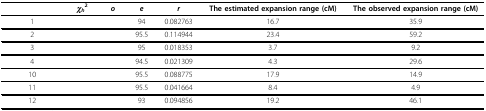
<table><thead><tr><td>[EMPTY_CELL]</td><td><b><i>χ</i><sub><i>h</i></sub><sup>2</sup></b></td><td><b><i>o</i></b></td><td><b><i>e</i></b></td><td><b><i>r</i></b></td><td><b>The estimated expansion range (cM)</b></td><td><b>The observed expansion range (cM)</b></td></tr></thead><tbody><tr><td>1</td><td>[EMPTY_CELL]</td><td>[EMPTY_CELL]</td><td>94</td><td>0.082763</td><td>16.7</td><td>35.9</td></tr><tr><td>2</td><td>[EMPTY_CELL]</td><td>[EMPTY_CELL]</td><td>95.5</td><td>0.114944</td><td>23.4</td><td>59.2</td></tr><tr><td>3</td><td>[EMPTY_CELL]</td><td>[EMPTY_CELL]</td><td>95</td><td>0.018353</td><td>3.7</td><td>9.2</td></tr><tr><td>4</td><td>[EMPTY_CELL]</td><td>[EMPTY_CELL]</td><td>94.5</td><td>0.021309</td><td>4.3</td><td>29.6</td></tr><tr><td>10</td><td>[EMPTY_CELL]</td><td>[EMPTY_CELL]</td><td>95.5</td><td>0.088775</td><td>17.9</td><td>14.9</td></tr><tr><td>11</td><td>[EMPTY_CELL]</td><td>[EMPTY_CELL]</td><td>95.5</td><td>0.041664</td><td>8.4</td><td>4.9</td></tr><tr><td>12</td><td>[EMPTY_CELL]</td><td>[EMPTY_CELL]</td><td>93</td><td>0.094856</td><td>19.2</td><td>46.1</td></tr></tbody></table>